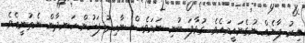
އިރު ޕާނެއް ނުގެނައީމައެވެ. ގުޅާފަ ބުނި ނަމަވެސް ނާހިދު ފަހުން ހަނދާން ނެތުނީއެވެ.